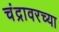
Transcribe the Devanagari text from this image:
चंद्रावरच्या